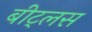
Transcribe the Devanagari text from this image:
बीट्लस